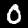
Label: 0